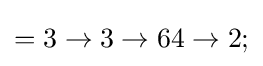
=3\rightarrow 3\rightarrow 64\rightarrow 2;